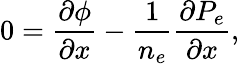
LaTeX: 0=\frac{\partial\phi}{\partial x}-\frac{1}{n_{e}}\frac{\partial{P}_{e}}{\partial x},